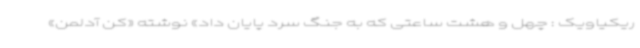
ریکیاویک : چهل و هشت ساعتی که به جنگ سرد پایان داد» نوشته «کن آدلمن»